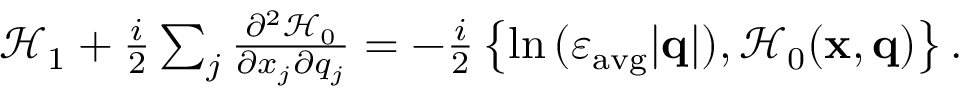
\begin{array} { r } { \mathcal { H } _ { 1 } + \frac { i } { 2 } \sum _ { j } \frac { \partial ^ { 2 } \mathcal { H } _ { 0 } } { \partial x _ { j } \partial q _ { j } } = - \frac { i } { 2 } \left\{ \ln { ( \varepsilon _ { \mathrm { a v g } } | \mathbf { q } | ) } , \mathcal { H } _ { 0 } ( \mathbf { x } , \mathbf { q } ) \right\} . } \end{array}